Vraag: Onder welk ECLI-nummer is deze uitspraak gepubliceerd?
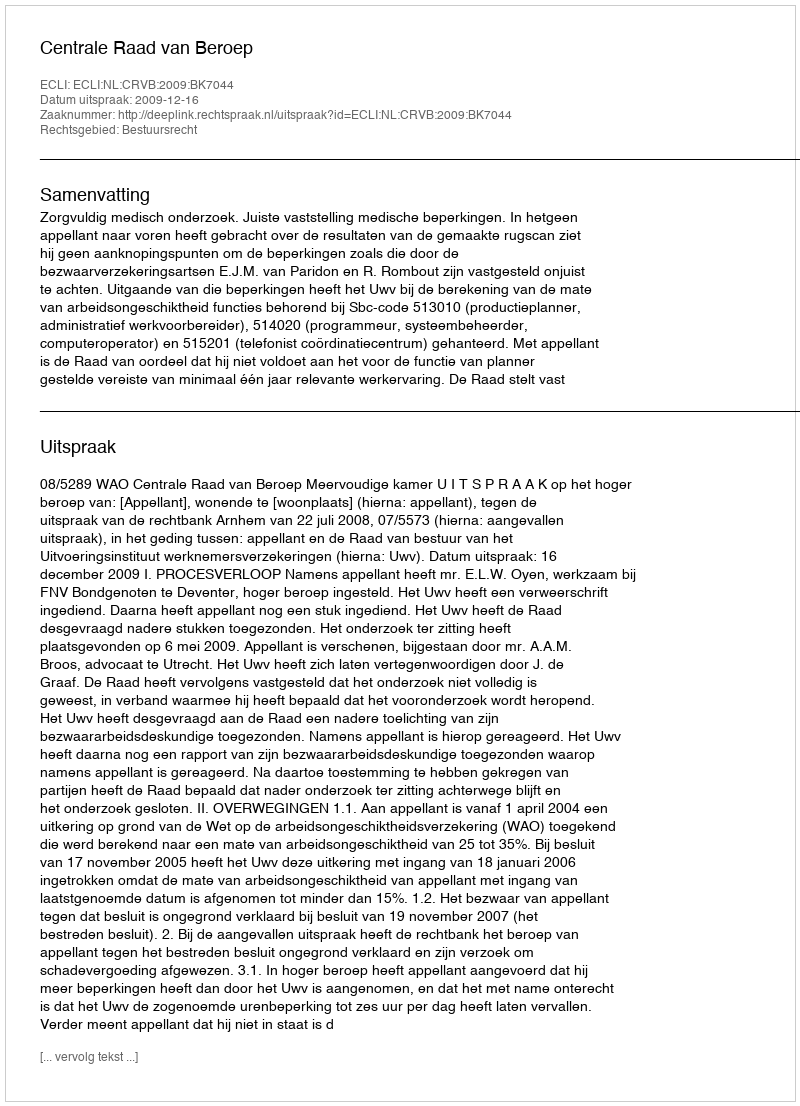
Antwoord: ECLI:NL:CRVB:2009:BK7044